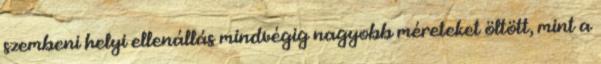
szembeni helyi ellenállás mindvégig nagyobb méreteket öltött, mint a